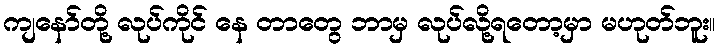
ကျနော်တို့ လုပ်ကိုင် နေ တာတွေ ဘာမှ လုပ်လို့ရတော့မှာ မဟုတ်ဘူး။